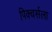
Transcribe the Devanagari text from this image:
पिक्चर्सला